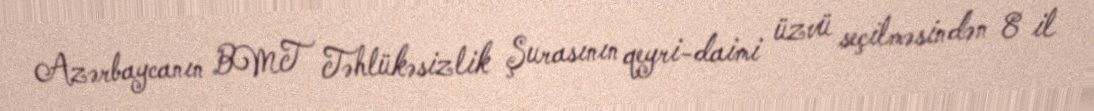
Azərbaycanın BMT Təhlükəsizlik Şurasının qeyri-daimi üzvü seçilməsindən 8 il